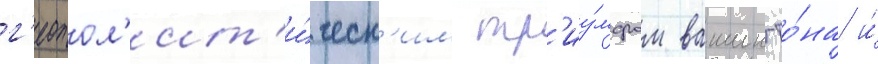
г'еопол'ит'и́ческ'им тр'иу́мфом вашингто́на и́